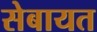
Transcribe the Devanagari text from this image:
सेबायत